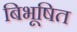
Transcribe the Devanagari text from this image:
बिभूषित